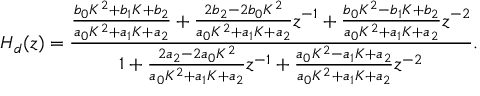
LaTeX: H _ { d } ( z ) = { \frac { { \frac { b _ { 0 } K ^ { 2 } + b _ { 1 } K + b _ { 2 } } { a _ { 0 } K ^ { 2 } + a _ { 1 } K + a _ { 2 } } } + { \frac { 2 b _ { 2 } - 2 b _ { 0 } K ^ { 2 } } { a _ { 0 } K ^ { 2 } + a _ { 1 } K + a _ { 2 } } } z ^ { - 1 } + { \frac { b _ { 0 } K ^ { 2 } - b _ { 1 } K + b _ { 2 } } { a _ { 0 } K ^ { 2 } + a _ { 1 } K + a _ { 2 } } } z ^ { - 2 } } { 1 + { \frac { 2 a _ { 2 } - 2 a _ { 0 } K ^ { 2 } } { a _ { 0 } K ^ { 2 } + a _ { 1 } K + a _ { 2 } } } z ^ { - 1 } + { \frac { a _ { 0 } K ^ { 2 } - a _ { 1 } K + a _ { 2 } } { a _ { 0 } K ^ { 2 } + a _ { 1 } K + a _ { 2 } } } z ^ { - 2 } } } .